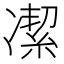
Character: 㓗